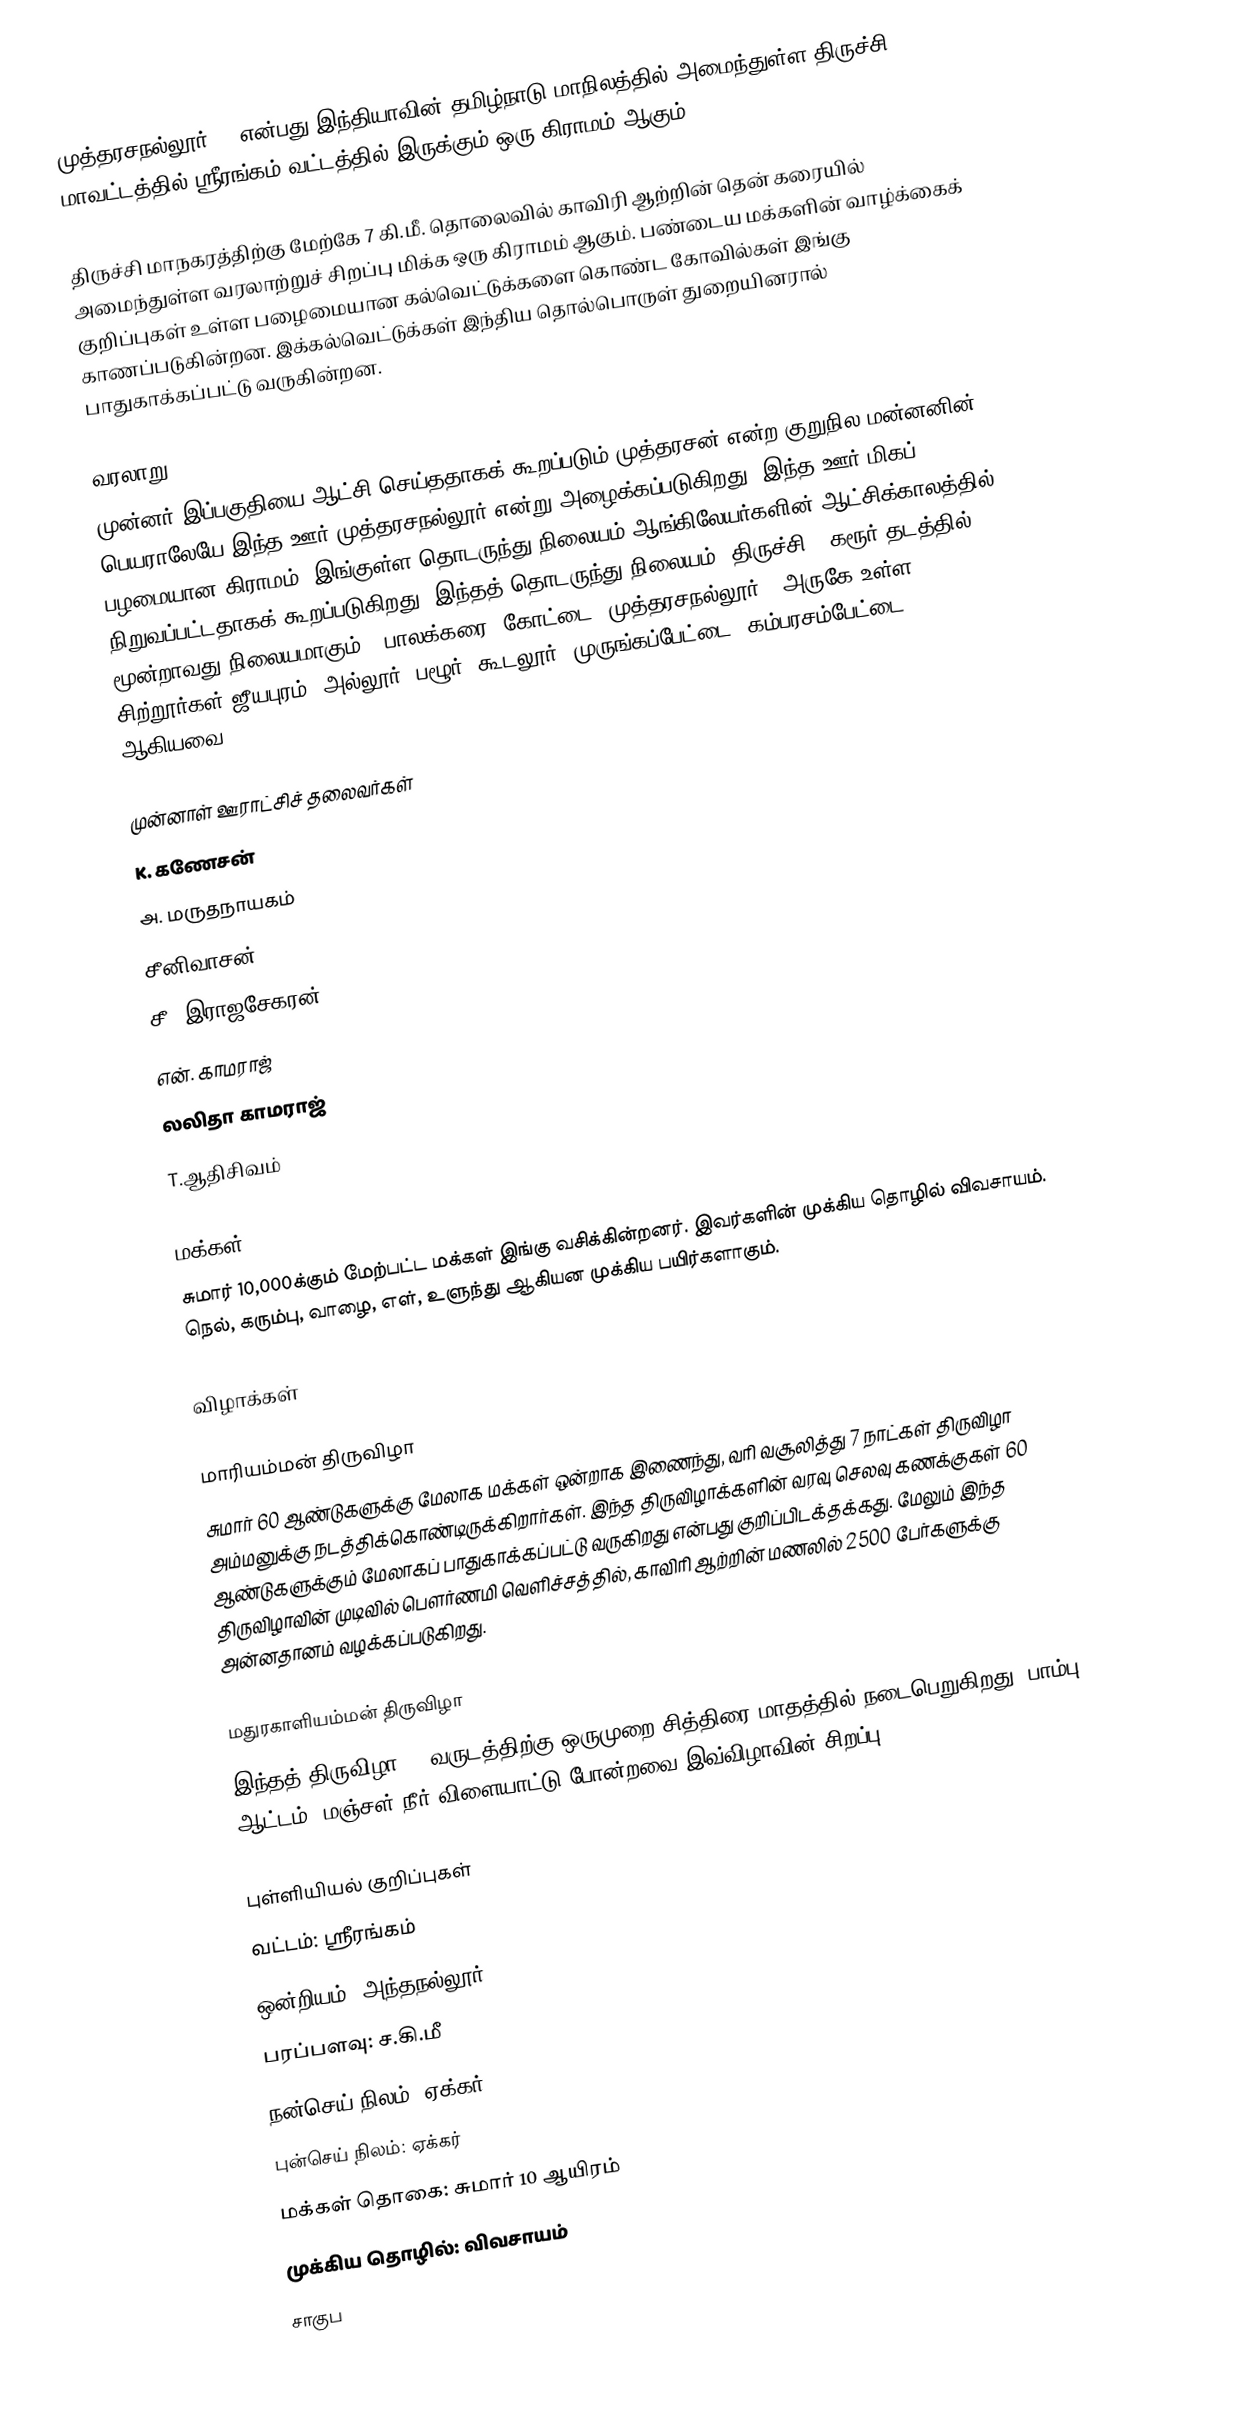
முத்தரசநல்லூர் () என்பது இந்தியாவின் தமிழ்நாடு மாநிலத்தில் அமைந்துள்ள திருச்சி மாவட்டத்தில்  ஸ்ரீரங்கம் வட்டத்தில் இருக்கும்  ஒரு கிராமம் ஆகும்.

திருச்சி மாநகரத்திற்கு மேற்கே 7 கி.மீ. தொலைவில் காவிரி ஆற்றின் தென் கரையில் அமைந்துள்ள வரலாற்றுச் சிறப்பு மிக்க ஒரு கிராமம் ஆகும். பண்டைய மக்களின் வாழ்க்கைக் குறிப்புகள் உள்ள பழைமையான கல்வெட்டுக்களை கொண்ட கோவில்கள் இங்கு காணப்படுகின்றன. இக்கல்வெட்டுக்கள் இந்திய தொல்பொருள் துறையினரால் பாதுகாக்கப்பட்டு வருகின்றன.

வரலாறு
முன்னர் இப்பகுதியை ஆட்சி செய்ததாகக் கூறப்படும் முத்தரசன் என்ற குறுநில  மன்னனின் பெயராலேயே இந்த ஊர் முத்தரசநல்லூர் என்று அழைக்கப்படுகிறது. இந்த ஊர் மிகப் பழமையான கிராமம். இங்குள்ள தொடருந்து நிலையம் ஆங்கிலேயர்களின் ஆட்சிக்காலத்தில்  நிறுவப்பட்டதாகக் கூறப்படுகிறது. இந்தத் தொடருந்து நிலையம், திருச்சி – கரூர் தடத்தில் மூன்றாவது நிலையமாகும். (பாலக்கரை, கோட்டை, முத்தரசநல்லூர்).  அருகே உள்ள சிற்றூர்கள் ஜீயபுரம், அல்லூர், பழூர், கூடலூர், முருங்கப்பேட்டை, கம்பரசம்பேட்டை ஆகியவை.

முன்னாள் ஊராட்சிச் தலைவர்கள்
 K. கணேசன்
 அ. மருதநாயகம்
 சீனிவாசன்
 சீ. இராஜசேகரன்
 என். காமராஜ்
 லலிதா காமராஜ்
 T.ஆதிசிவம்

மக்கள்
சுமார் 10,000க்கும் மேற்பட்ட மக்கள் இங்கு வசிக்கின்றனர். இவர்களின் முக்கிய தொழில் விவசாயம். நெல், கரும்பு, வாழை, எள், உளுந்து ஆகியன முக்கிய பயிர்களாகும்.

விழாக்கள்

மாரியம்மன் திருவிழா
சுமார் 60 ஆண்டுகளுக்கு மேலாக மக்கள் ஒன்றாக இணைந்து, வரி வசூலித்து 7 நாட்கள் திருவிழா அம்மனுக்கு நடத்திக்கொண்டிருக்கிறார்கள். இந்த திருவிழாக்களின் வரவு செலவு கணக்குகள் 60 ஆண்டுகளுக்கும் மேலாகப் பாதுகாக்கப்பட்டு வருகிறது என்பது குறிப்பிடக்தக்கது. மேலும் இந்த திருவிழாவின் முடிவில் பெளர்ணமி வெளிச்சத்தில், காவிரி ஆற்றின் மணலில்  2500  பேர்களுக்கு அன்னதானம் வழக்கப்படுகிறது.

மதுரகாளியம்மன் திருவிழா
இந்தத் திருவிழா, 1 வருடத்திற்கு ஒருமுறை சித்திரை மாதத்தில் நடைபெறுகிறது. பாம்பு ஆட்டம், மஞ்சள் நீர் விளையாட்டு போன்றவை இவ்விழாவின் சிறப்பு.

புள்ளியியல் குறிப்புகள்
 வட்டம்: ஸ்ரீரங்கம்
 ஒன்றியம்: அந்தநல்லூர்
 பரப்பளவு:  ச.கி.மீ
 நன்செய் நிலம்:  ஏக்கர்
 புன்செய் நிலம்:  ஏக்கர்
 மக்கள் தொகை: சுமார் 10 ஆயிரம்
 முக்கிய தொழில்: விவசாயம்
 சாகுப